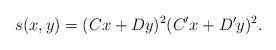
\begin{align*}s(x,y) = (Cx+Dy)^2(C'x+D'y)^2.\end{align*}